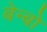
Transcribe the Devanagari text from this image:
बेन्बो